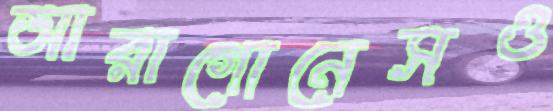
আরাগোনেসও